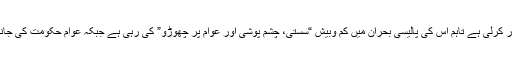
وفاقی حکومت نے اگرچہ اب تھوڑی بہت فعال حکمت عملی اختیار کرلی ہے تاہم اس کی پالیسی بحران میں کم وبیش “سستی، چشم پوشی اور عوام پر چھوڑو” کی رہی ہے جبکہ عوام حکومت کی جانب سے نقل وحرکت محدود کرنے کی التجا پر کان نہیں دھر رہے۔